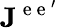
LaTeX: \mathbf{J}^{\mathrm{~e~e~}^{\prime}}